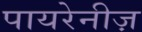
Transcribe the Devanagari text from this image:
पायरेनीज़